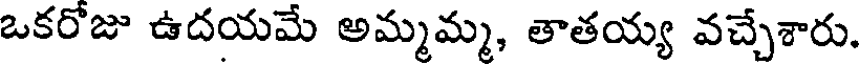
ఒకరోజు ఉదయమే అమ్మమ్మ, తాతయ్య వచ్చేశారు.